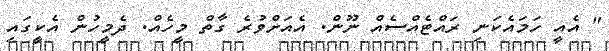
" އެއީ ހަމައެކަނި ރައްޓެއްސެއް ނޫން. އެއަށްވުރެ ގާތް މީހެއް. ދެމީހުން އެކީގައި